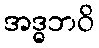
အဒ္ဓဘဝိ